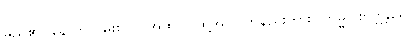
မည်၏။ နောက်လှမ်းစပ်၊) အထဝါ၊ ထို့အပြင်တနည်းကား။ ကမ္မဝါစာဗ္ဘန္တရေ၊